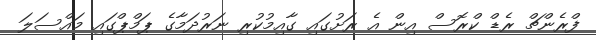
ފްރެންޗް ރެޑް ކްރޮސް އިން އެ ރަށުގައި ގާއިމުކުރި ނަރުދަމާގެ ޕަމްޕްގައި މައްސަލަ